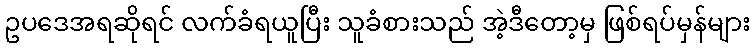
ဥပဒေအရဆိုရင် လက်ခံရယူပြီး သူခံစားသည် အဲ့ဒီတော့မှ ဖြစ်ရပ်မှန်များ